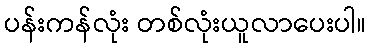
ပန်းကန်လုံး တစ်လုံးယူလာပေးပါ။